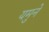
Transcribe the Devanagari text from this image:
यमुने